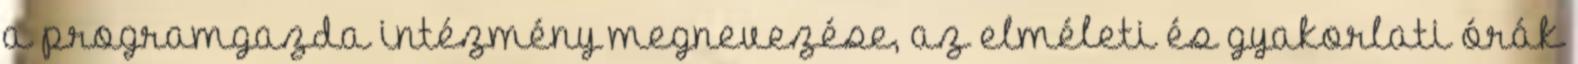
a programgazda intézmény megnevezése, az elméleti és gyakorlati órák